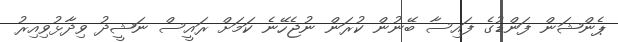
ޕެންޝަން ފަންޑުގެ ފައިސާ ބޭނުން ކުރަން ނުޖެހޭނެ ކަމަށް ރައީސް ނަޝީދު ވިދާޅުވިއިރު